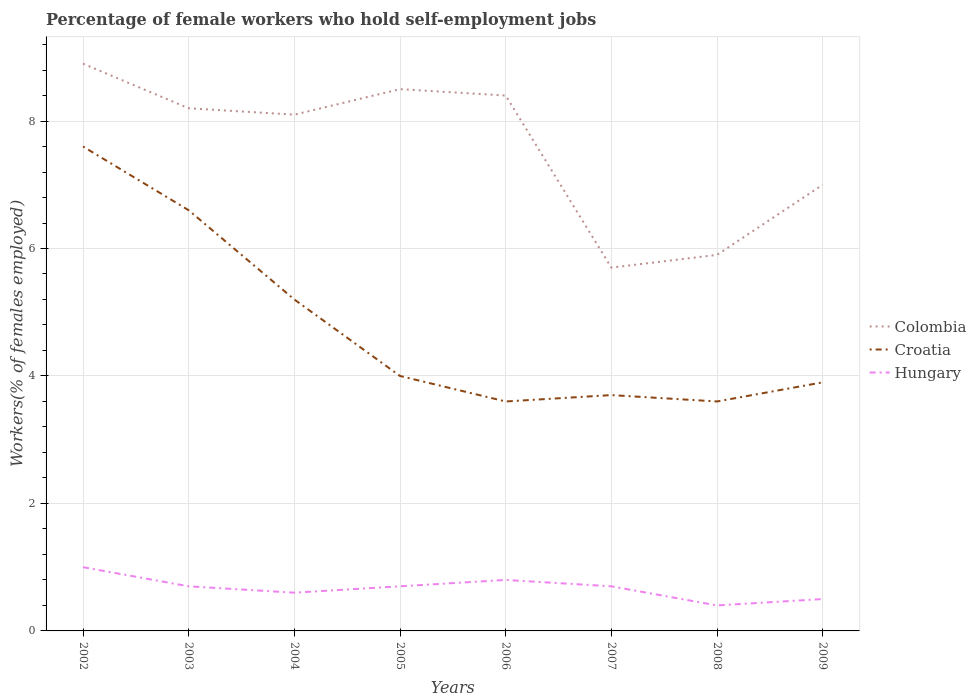
| Years | Colombia | Croatia | Hungary |
 | --- | --- | --- | --- |
 | 2002 | 8.9 | 7.6 | 1 |
 | 2003 | 8.2 | 6.6 | 0.7 |
 | 2004 | 8.1 | 5.2 | 0.6 |
 | 2005 | 8.5 | 4 | 0.7 |
 | 2006 | 8.4 | 3.6 | 0.8 |
 | 2007 | 5.7 | 3.7 | 0.7 |
 | 2008 | 5.9 | 3.6 | 0.4 |
 | 2009 | 7 | 3.9 | 0.5 |